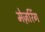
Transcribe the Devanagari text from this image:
मेज़रिंग